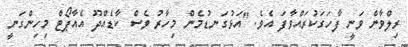
ރިލްވާން ވަނީ ފާހަގަކުރައްވާފަ އެވެ. "އަޅުގަނޑުމެން މިހާރު ވެސް ކާޑެއްދޫ އެއާޕޯޓް މިހިންގަނީ